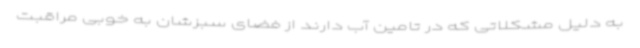
به دلیل مشکلاتی که در تامین آب دارند از فضای سبزشان به خوبی مراقبت